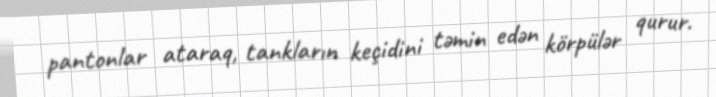
pantonlar ataraq, tankların keçidini təmin edən körpülər qurur.